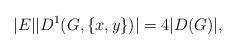
LaTeX: \begin{align*}|E||D^1(G,\{x,y\})|=4|D(G)|,\end{align*}